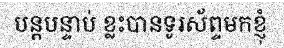
បន្តបន្ទាប់ ខ្លះបានទូរស័ព្ទមកខ្ញុំ